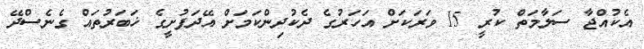
އެކުއްޖާ ސަލާމަތް ކުރީ 15 ވަރަކަށް އަހަރުގެ ދެކުދިންކަމަށް އޭދަފުށީގެ ޚަބަރުތައް ގެނެސްދޭ